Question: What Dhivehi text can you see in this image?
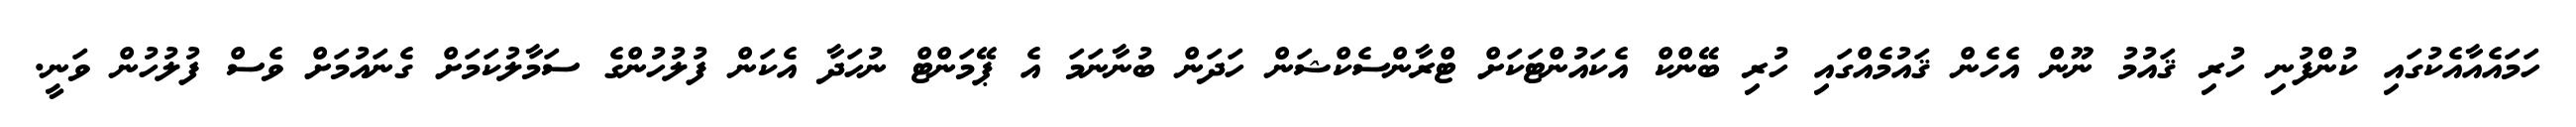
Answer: ހަމައެއާއެކުގައި ކުންފުނި ހުރި ޤައުމު ނޫން އެހެން ޤައުމެއްގައި ހުރި ބޭންކް އެކައުންޓަކަށް ޓްރާންސެކްޝަން ހަދަން ބުނާނަމަ އެ ޕޭމަންޓް ނުހަދާ އެކަން ފުލުހުންގެ ސަމާލުކަމަށް ގެނައުމަށް ވެސް ފުލުހުން ވަނީ.